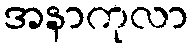
အနာကုလာ